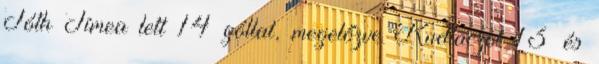
Tóth Tímea lett 14 góllal, megelőzve Kudlaczot 13 és